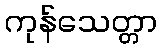
ကုန်သေတ္တာ